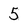
Character: 5